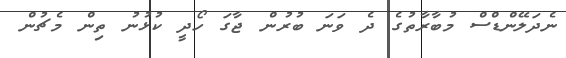
ނެދަލޭންޑްސް މުބާރާތުގެ ދެ ވަނަ ބުރުން ޖާގަ ހޯދީ ކުޅުނު ތިން މެޗުން